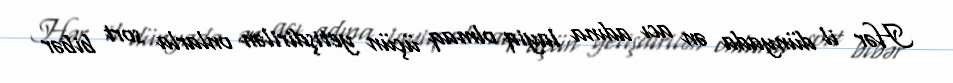
Hər il dünyada ən acı adına layiq olmaq üçün yetişdirilən onlarla sort bibər